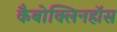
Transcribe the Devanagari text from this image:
कैबोक्लिनहॉस